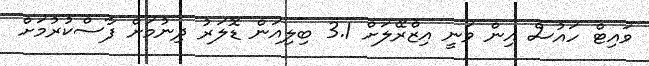
ވައިޓް ހައުސް އިން ވަނީ އިޒްރޭލަށް 3.1 ބިލިއަން ޑޮލަރު ދިނުމަށް ފާސްކުރުމަށް